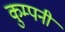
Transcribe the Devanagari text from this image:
कुम्पनी